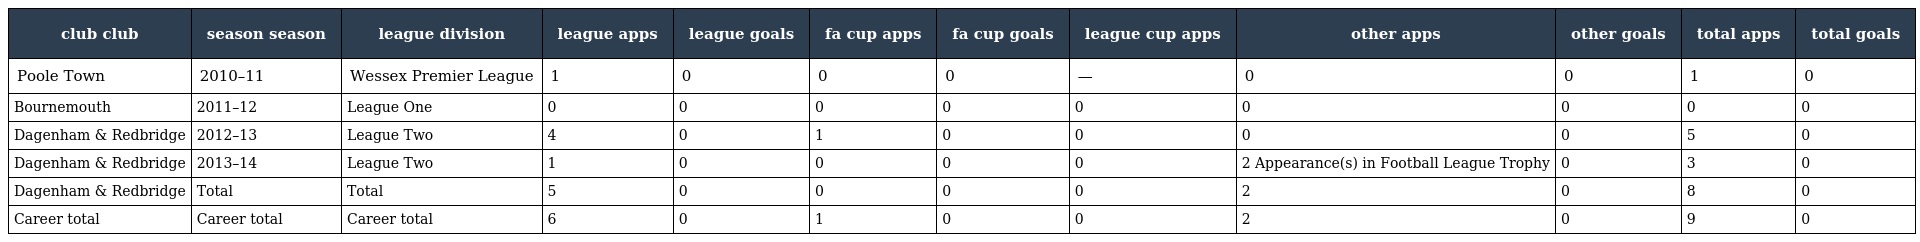
| club club | season season | league division | league apps | league goals | fa cup apps | fa cup goals | league cup apps | other apps | other goals | total apps | total goals |
 | --- | --- | --- | --- | --- | --- | --- | --- | --- | --- | --- | --- |
 | Poole Town | 2010–11 | Wessex Premier League | 1 | 0 | 0 | 0 | — | 0 | 0 | 1 | 0 |
 | Bournemouth | 2011–12 | League One | 0 | 0 | 0 | 0 | 0 | 0 | 0 | 0 | 0 |
 | Dagenham & Redbridge | 2012–13 | League Two | 4 | 0 | 1 | 0 | 0 | 0 | 0 | 5 | 0 |
 | Dagenham & Redbridge | 2013–14 | League Two | 1 | 0 | 0 | 0 | 0 | 2 Appearance(s) in Football League Trophy | 0 | 3 | 0 |
 | Dagenham & Redbridge | Total | Total | 5 | 0 | 0 | 0 | 0 | 2 | 0 | 8 | 0 |
 | Career total | Career total | Career total | 6 | 0 | 1 | 0 | 0 | 2 | 0 | 9 | 0 |